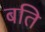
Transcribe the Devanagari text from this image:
बति